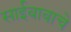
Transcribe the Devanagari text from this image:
साईबाबाचे